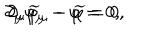
\partial _ { \mu } \varphi _ { \mu } - \varphi = 0 , \hspace { 0 . 3 i n } \partial _ { \mu } \widetilde { \varphi } _ { \mu } - \widetilde { \varphi } = 0 ,